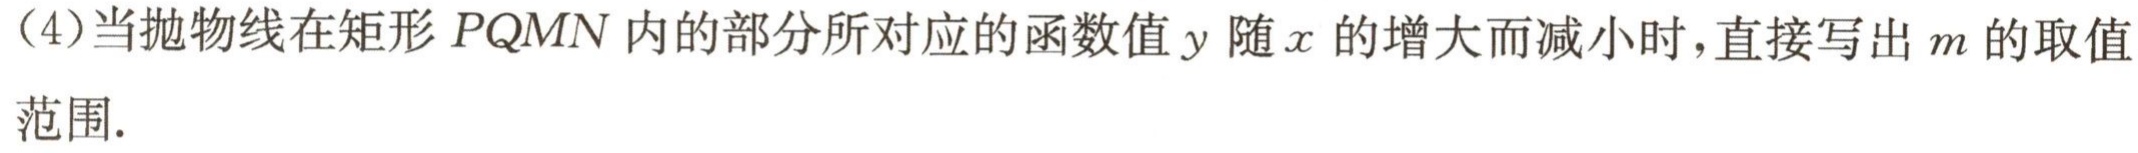
(4)当抛物线在矩形$PQMN$内的部分所对应的函数值$y$随$x$的增大而减小时，直接写出$m$的取值范围.